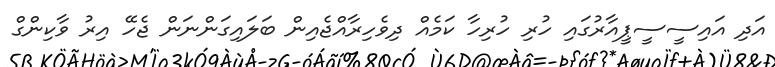
އަދި އައިސީސީޕީއާރުގައި ހުރި ހުރިހާ ކަމެއް ދިވެހިރާއްޖެއިން ބަލައިގަންނަން ޖެހޭ އިރު ވާކިންގް